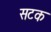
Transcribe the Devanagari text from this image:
सटक